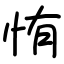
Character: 㤢